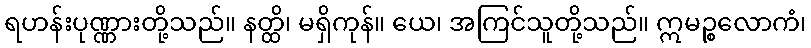
ရဟန်းပုဏ္ဏားတို့သည်။ နတ္ထိ၊ မရှိကုန်။ ယေ၊ အကြင်သူတို့သည်။ ဣမဉ္စလောကံ၊